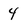
Character: 4